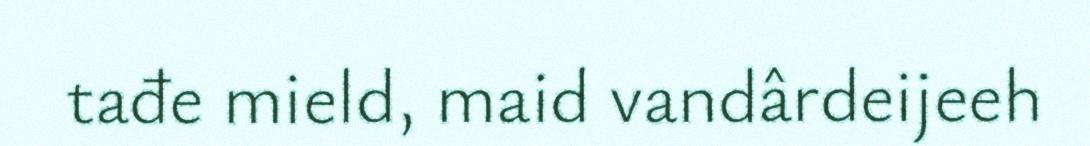
tađe mield, maid vandârdeijeeh